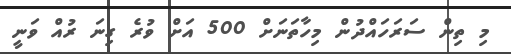
މި ތިން ސަރަހައްދުން މިހާތަނަށް 500 އަށް ވުރެ ގިނަ ރުއް ވަނީ